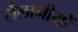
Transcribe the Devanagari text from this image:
सैलानीयों